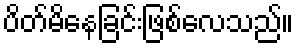
ပိတ်မိနေခြင်းဖြစ်လေသည်။